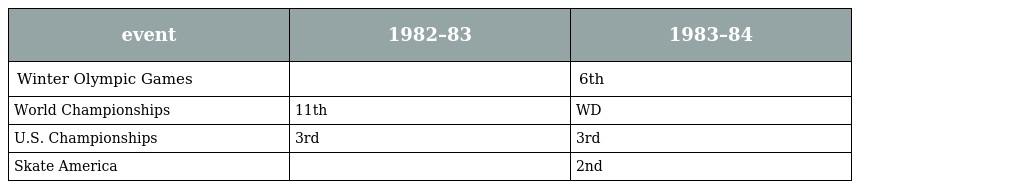
| event | 1982–83 | 1983–84 |
 | --- | --- | --- |
 | Winter Olympic Games |  | 6th |
 | World Championships | 11th | WD |
 | U.S. Championships | 3rd | 3rd |
 | Skate America |  | 2nd |